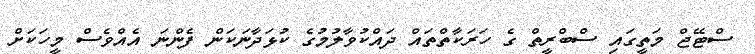
ސްޓޭޖް މަތީގައި ސްބްރީތް ގެ ހަރަކާތްތައް ދައްކުވާލުމުގެ ކުޅަދާނަކަން ފެންނަ އެއްވެސް މީހަކަށް